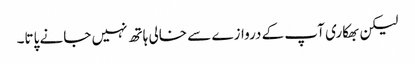
لیکن بھکاری آپ کے دروازے سے خالی ہاتھ نہیں جانے پاتا۔